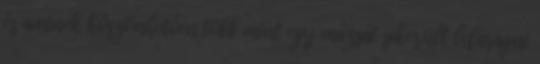
és aminek köszönhetően több mint egy mázsát sikerült lefaragni